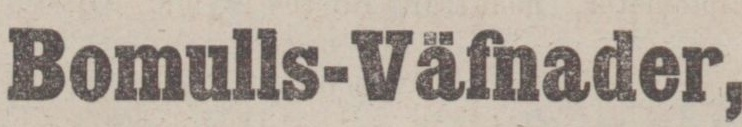
Bomulls-Väfnader,